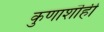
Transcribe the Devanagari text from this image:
कुणाशॊही